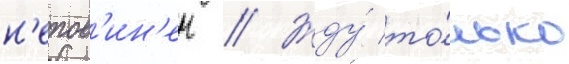
н'епов'ин'ен // Жду́ то́лько